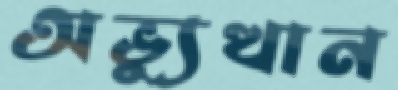
অভ্যুত্থান